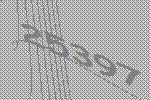
25397